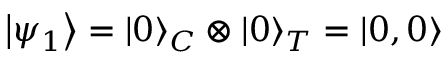
\left| \psi _ { 1 } \right\rangle = | 0 \rangle _ { C } \otimes | 0 \rangle _ { T } = | 0 , 0 \rangle